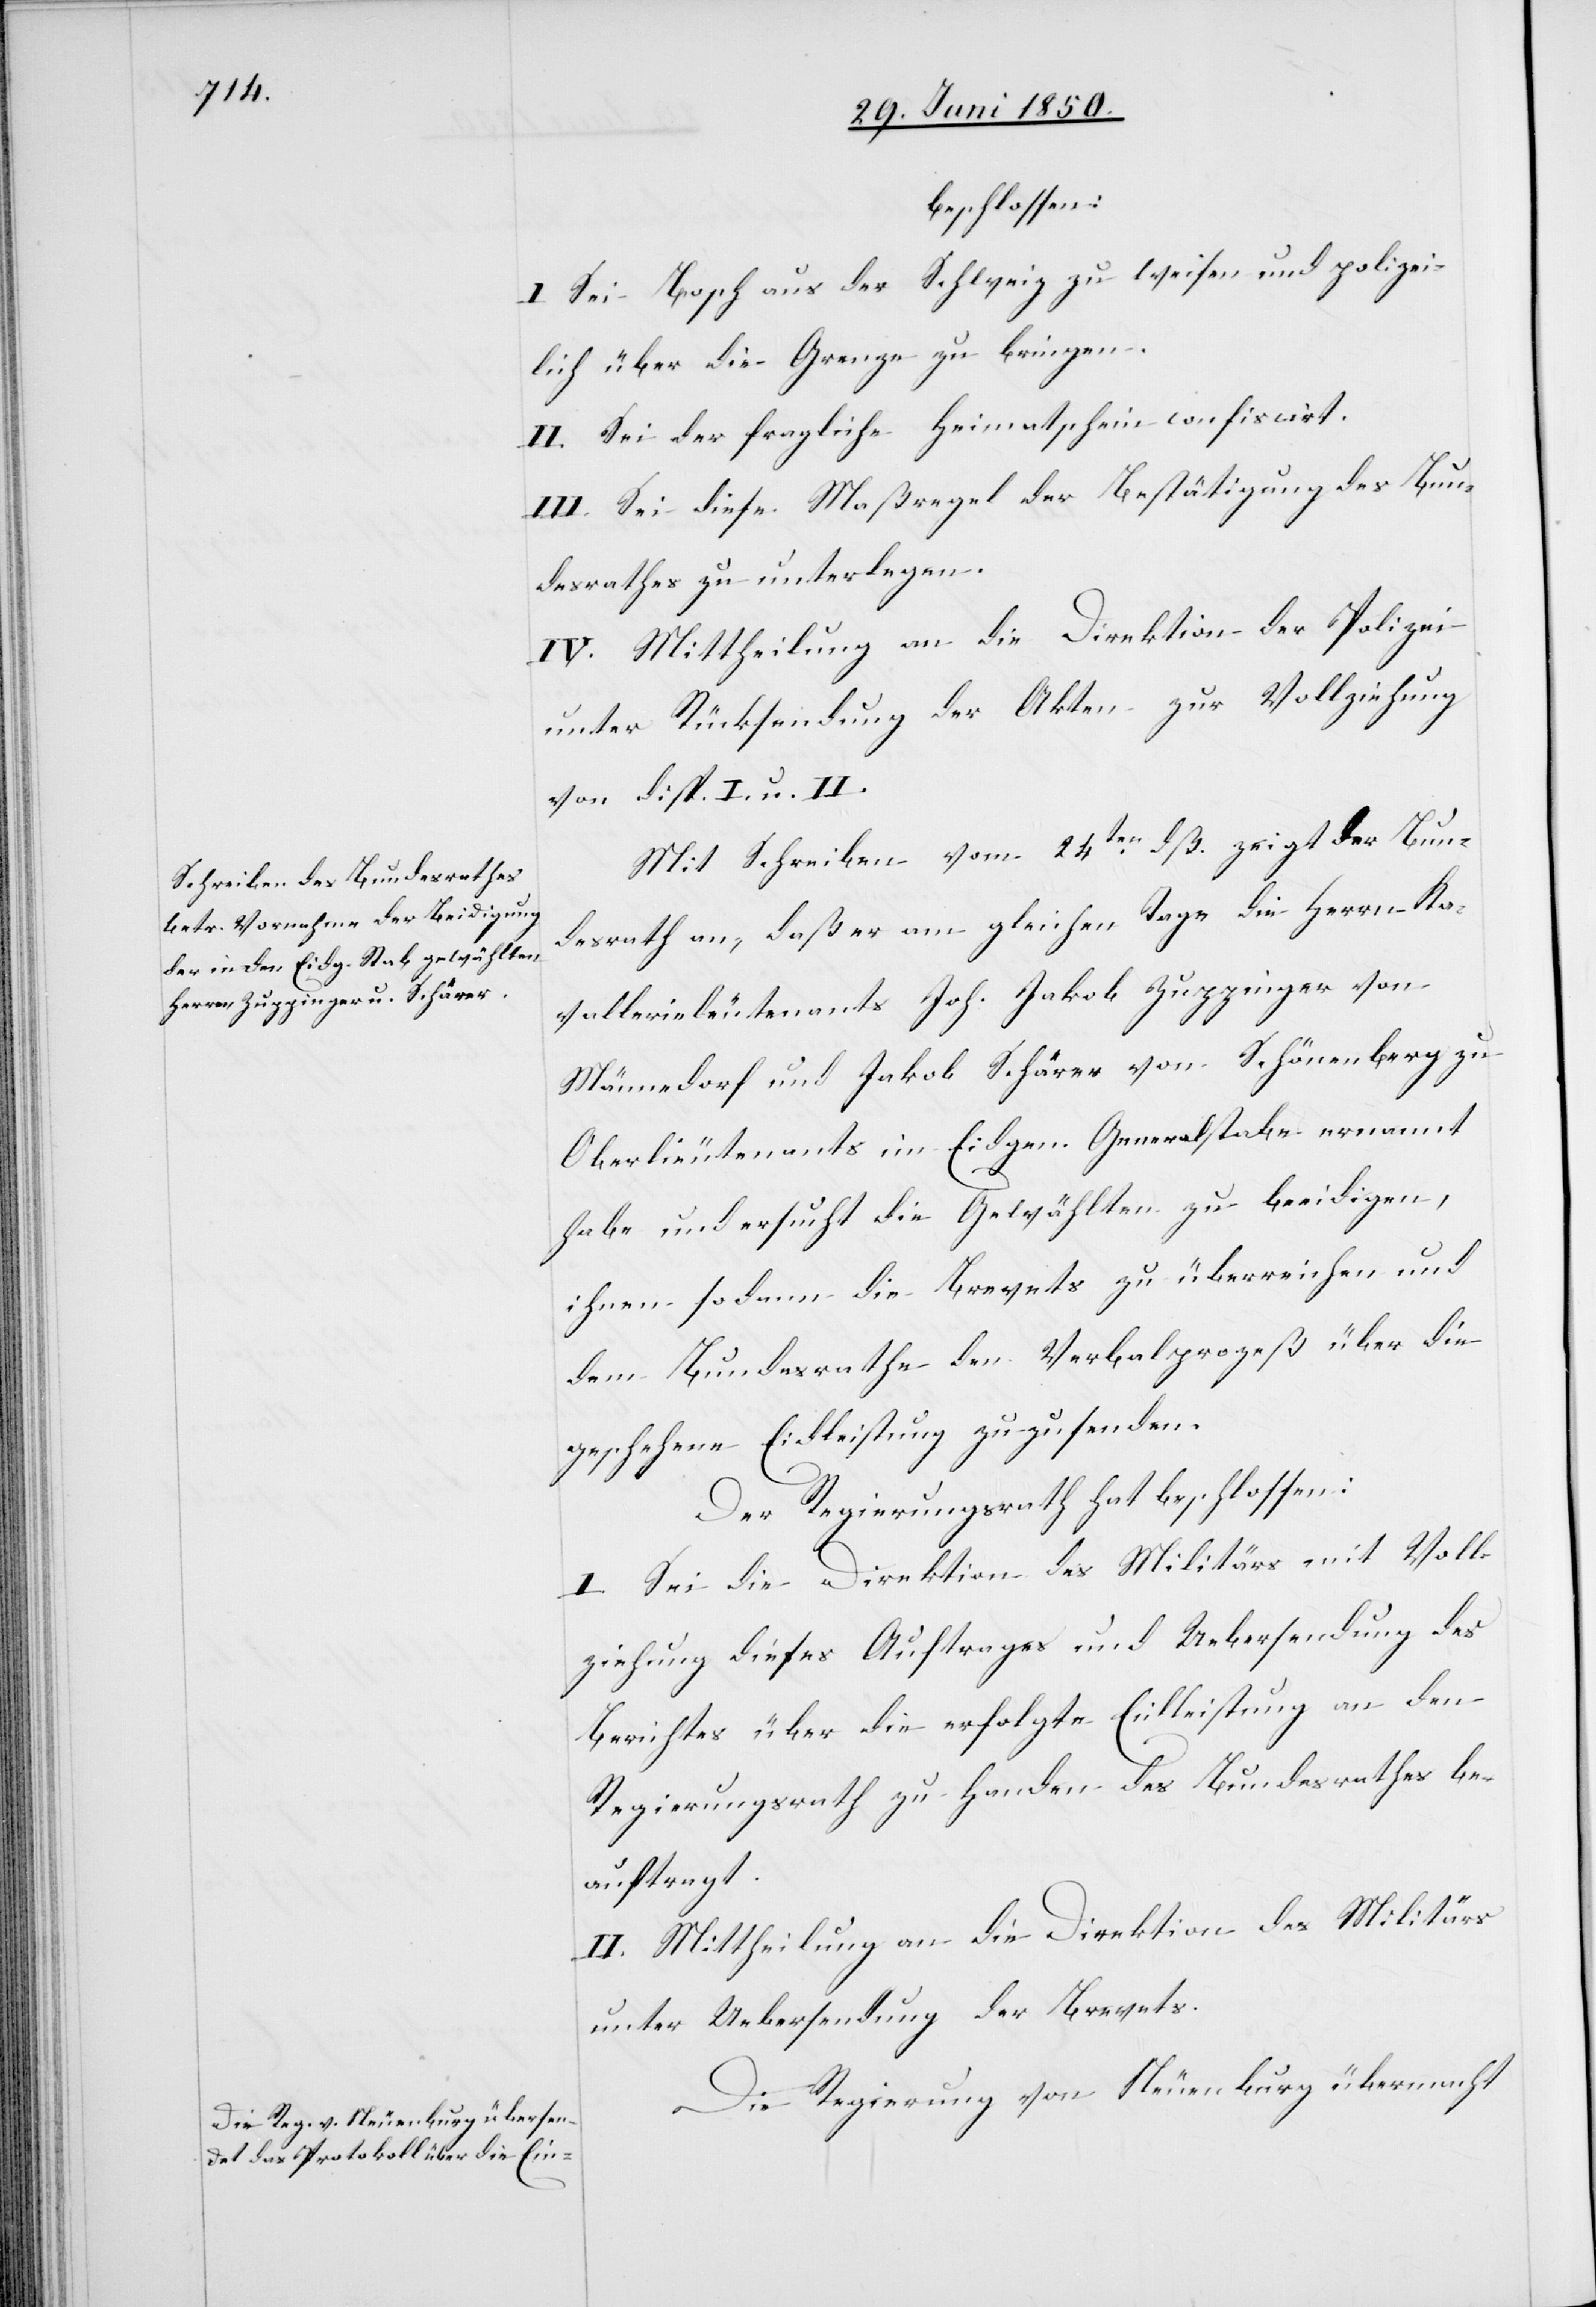
beschlossen:
I. Sei Bosch aus der Schweiz zu weisen und polizei¬
lich über die Grenze zu bringen.
II. Sei der fragliche Heimatschein confiscirt.
III. Sei diese Maßregel der Bestätigung des Bun¬
desrathes zu unterlegen.
IV. Mittheilung an die Direktion der Polizei
unter Rücksendung der Akten zur Vollziehung
von disp. I. u. II.
Mit Schreiben vom 24ten dß. zeigt der Bun¬
desrath an, daß er am gleichen Tage die Herrn Ka¬
vallerieleutenants Joh. Jakob Zuppinger von
Männedorf und Jakob Schärer von Schönenberg zu
Oberlieutenants im Eidgen. Generalstabe ernannt
habe und ersucht die Gewählten zu beeidigen,
ihnen sodann die Brevets zu überreichen und
dem Bundesrathe den Verbalprozeß über die
geschehene Eidleistung zuzusenden.
Der Regierungsrath hat beschlossen:
I. Sei die Direktion des Militärs mit Voll¬
ziehung dieses Auftrages und Uebersendung des
Berichtes über die erfolgte Eidleistung an den
Regierungsrath zu Handen des Bundesrathes be¬
auftragt.
II. Mittheilung an die Direktion des Militärs
unter Uebersendung der Brevets.
Die Regierung von Neuenburg übermacht